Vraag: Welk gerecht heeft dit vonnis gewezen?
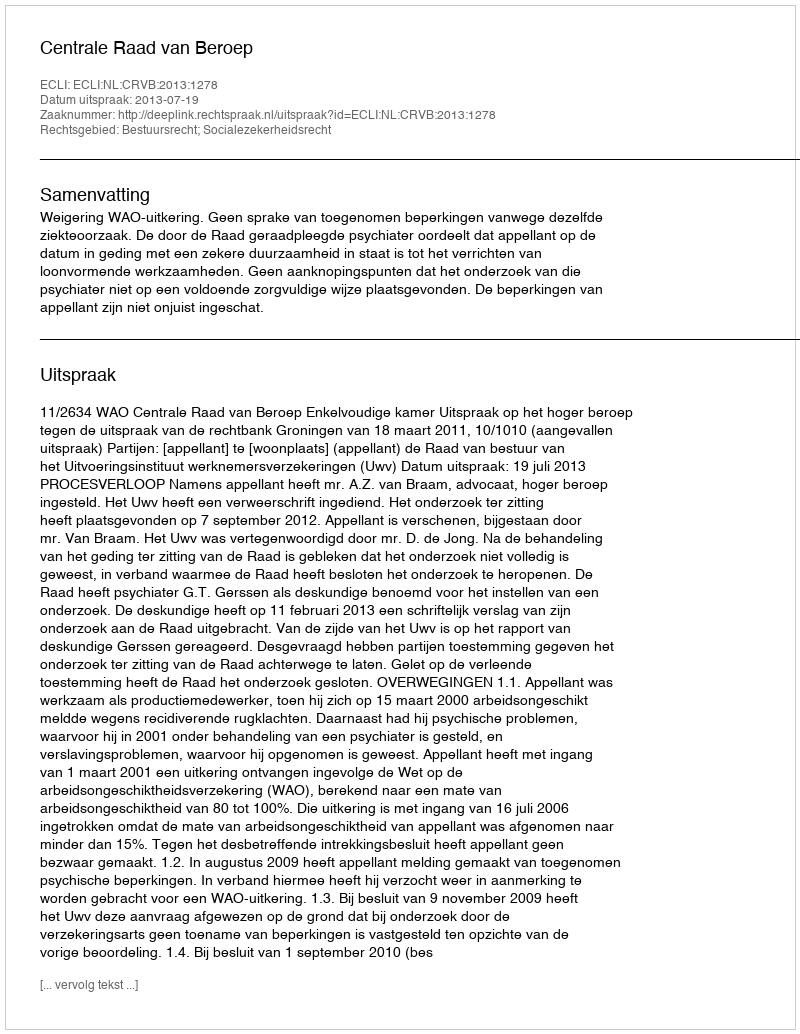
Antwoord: Centrale Raad van Beroep